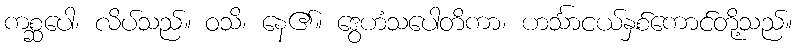
ကစ္ဆပေါ၊ လိပ်သည်။ ဝသိ၊ နေ၏။ ဒွေဟံသပေါတိကာ၊ ဟင်္သာငယ်နှစ်ကောင်တို့သည်။